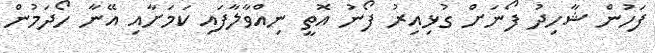
ފަހުން ޝާހިދު ފޯނަށް ގުޅިއިރު ފޯނު އޮތީ ނިއްވާލާފައި ކަމަށާއި އޭނާ ހޯދަމުން